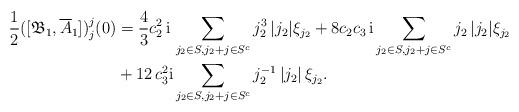
LaTeX: \begin{align*}\begin{aligned}\frac{1}{2}([\mathfrak{B}_1, \overline{A}_1])_j^j(0)&=\frac{4}{3} c_2^2\,\mathrm{i}\,\sum_{j_2\in S, j_2+j\in S^c} j_2^3\,\lvert j_2 \rvert \xi_{j_2}+8 c_2 c_3\,\mathrm{i} \sum_{j_2\in S, j_2+j\in S^c} j_2\,\lvert j_2 \rvert \xi_{j_2}\\& +12\,c_3^2 \mathrm{i} \sum_{j_2\in S, j_2+j\in S^c} j_2^{-1}\,\lvert j_2 \rvert\,\xi_{j_2}.\end{aligned}\end{align*}